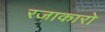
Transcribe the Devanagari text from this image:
रजाकारो